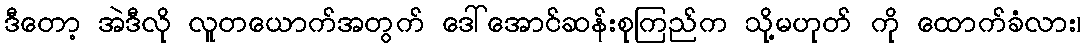
ဒီတော့ အဲဒီလို လူတယောက်အတွက် ဒေါ်အောင်ဆန်းစုကြည်က သို့မဟုတ် ကို ထောက်ခံလား၊